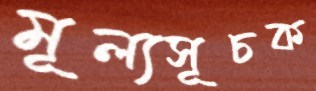
মূল্যসূচক